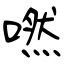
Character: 嘫